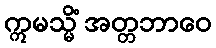
ဣမသ္မိံ အတ္တဘာဝေ